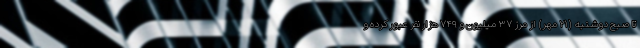
تا صبح دوشنبه (۲۱ مهر) از مرز ۳۷ میلیون و ۷۴۹ هزار نفر عبور کرده و